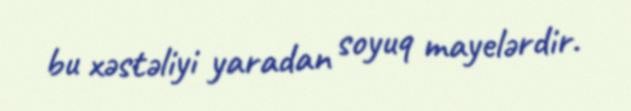
bu xəstəliyi yaradan soyuq mayelərdir.